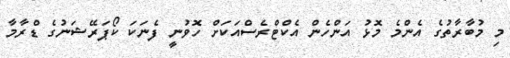
މި މުބާރާތުގެ އެންމެ މޮޅު އަންހެން އެކްޓްރެސްއަކަށް ހޮވުނީ ފެނަކަ ކޯޕަރޭޝަނުގެ ޑްރާމާ